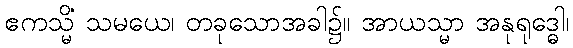
ဧကသ္မိံ သမယေ၊ တခုသောအခါ၌။ အာယသ္မာ အနုရုဒ္ဓေါ၊